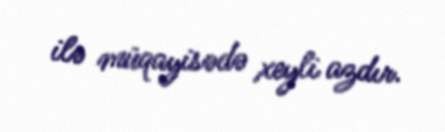
ilə müqayisədə xeyli azdır.